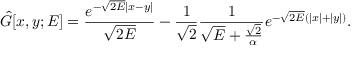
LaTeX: \hat { G } [ x , y ; E ] = \frac { e ^ { - \sqrt { 2 E } | x - y | } } { \sqrt { 2 E } } - \frac { 1 } { \sqrt { 2 } } \frac { 1 } { \sqrt { E } + \frac { \sqrt { 2 } } { \alpha } } e ^ { - \sqrt { 2 E } ( | x | + | y | ) } .